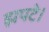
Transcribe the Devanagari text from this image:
झपटे।